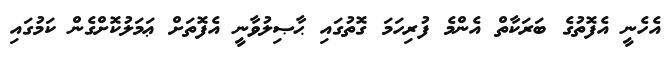
އެހެނީ އެފޮތުގެ ބަރަކާތް އެންމެ ފުރިހަމަ ގޮތުގައި ޙާޞިލުވާނީ އެފޮތަށް ޢަމަލުކޮށްގެން ކަމުގައި